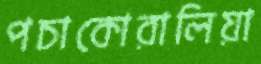
পচাকোরালিয়া